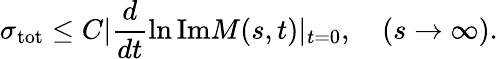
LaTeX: \sigma_{\mathrm{tot}}\leq C\vert\frac{d}{dt}\ln\mathrm{Im}M(s,t)\vert_{t=0},\quad(s\rightarrow\infty).